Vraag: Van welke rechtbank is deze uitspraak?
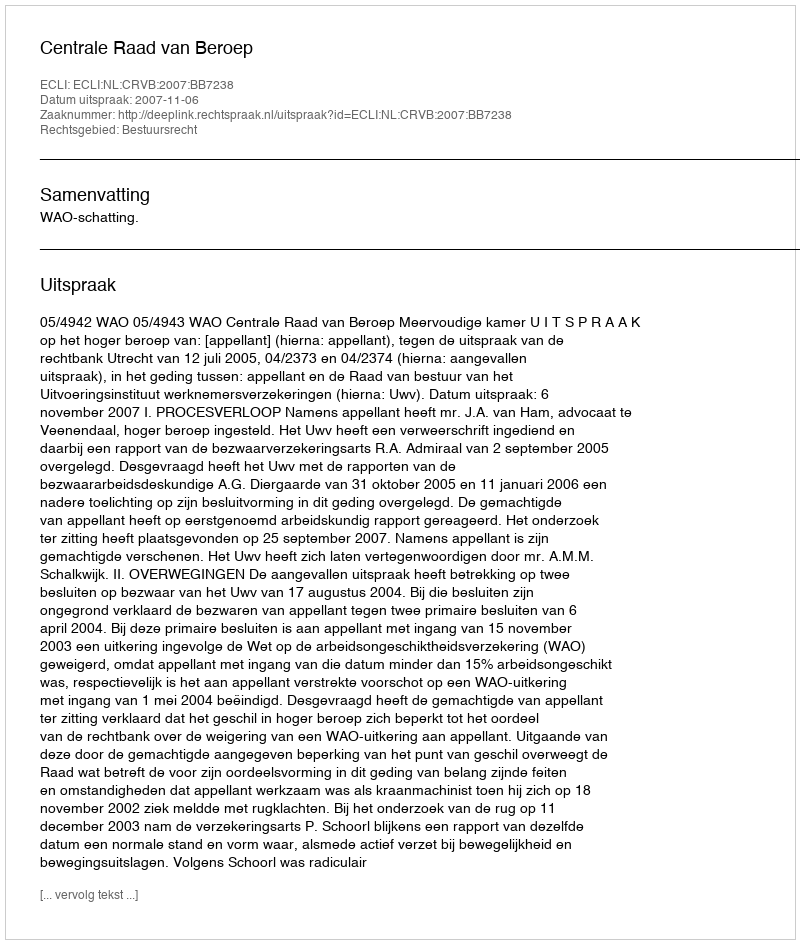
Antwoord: Centrale Raad van Beroep